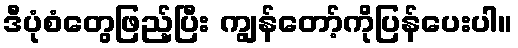
ဒီပုံစံတွေဖြည့်ပြီး ကျွန်တော့်ကိုပြန်ပေးပါ။